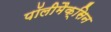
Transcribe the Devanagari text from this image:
पॉलीमैक्सिन